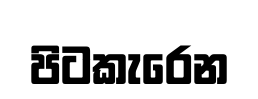
පිටකැරෙන